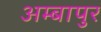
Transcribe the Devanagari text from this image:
अम्बापुर